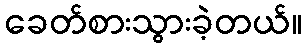
ခေတ်စားသွားခဲ့တယ်။